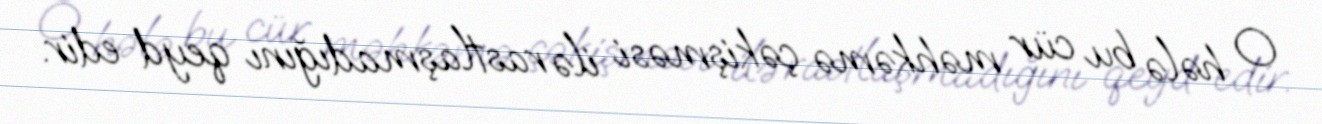
O hələ bu cür məhkəmə çəkişməsi ilə rastlaşmadığını qeyd edir.